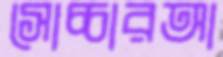
সোচ্চারআ